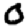
Digit: 0